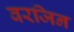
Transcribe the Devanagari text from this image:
वरजिन